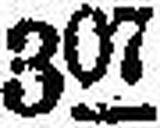
m